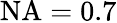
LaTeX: \mathrm{NA}=0.7